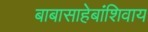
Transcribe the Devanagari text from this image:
बाबासाहेबांशिवाय